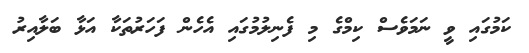
ކަމުގައި ވީ ނަމަވެސް ކިމްގެ މި ފެނިލުމުގައި އެހެން ފަހަރުތަކާ އަޅާ ބަލާއިރު